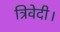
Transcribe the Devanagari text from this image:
त्रिवेदी।